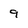
Character: 9